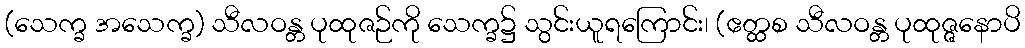
(သေက္ခ အသေက္ခ) သီလဝန္တ ပုထုဇဉ်ကို သေက္ခ၌ သွင်းယူရကြောင်း၊ (ဧတ္ထစ သီလဝန္တ ပုထုဇ္ဇနောပိ